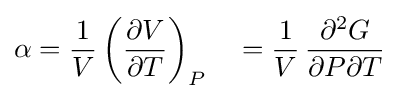
\alpha ={\frac {1}{V}}\left({\frac {\partial V}{\partial T}}\right)_{P}\quad ={\frac {1}{V}}\,{\frac {\partial ^{2}G}{\partial P\partial T}}